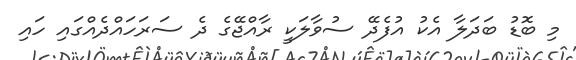
މި ބޮޑު ބަދަލާ އެކު އުފެދޭ ސުވާލަކީ ރާއްޖޭގެ ދެ ސަރަހައްދެއްގައި ހައި